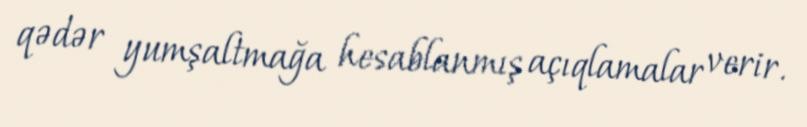
qədər yumşaltmağa hesablanmış açıqlamalar verir.